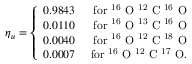
\eta _ { u } = \left\{ \begin{array} { r r } { 0 . 9 8 4 3 } & { \mathrm { ~ f o r ~ ^ { 1 6 } ~ O ~ ^ { 1 2 } ~ C ~ ^ { 1 6 } ~ O } } \\ { 0 . 0 1 1 0 } & { \mathrm { ~ f o r ~ ^ { 1 6 } ~ O ~ ^ { 1 3 } ~ C ~ ^ { 1 6 } ~ O } } \\ { 0 . 0 0 4 0 } & { \mathrm { ~ f o r ~ ^ { 1 6 } ~ O ~ ^ { 1 2 } ~ C ~ ^ { 1 8 } ~ O } } \\ { 0 . 0 0 0 7 } & { \mathrm { ~ f o r ~ ^ { 1 6 } ~ O ~ ^ { 1 2 } ~ C ~ ^ { 1 7 } ~ O } . } \end{array} \right.